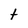
Character: t